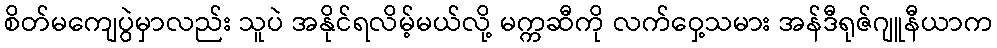
စိတ်မကျေပွဲမှာလည်း သူပဲ အနိုင်ရလိမ့်မယ်လို့ မက္ကဆီကို လက်ဝှေ့သမား အန်ဒီရုဇ်ဂျူနီယာက